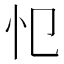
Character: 𢖭